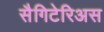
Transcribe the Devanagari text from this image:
सैगिटेरिअस